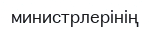
министрлерінің